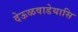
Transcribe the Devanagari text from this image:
देऊळवाडेयासि